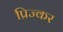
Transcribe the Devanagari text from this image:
प्रिज्कर